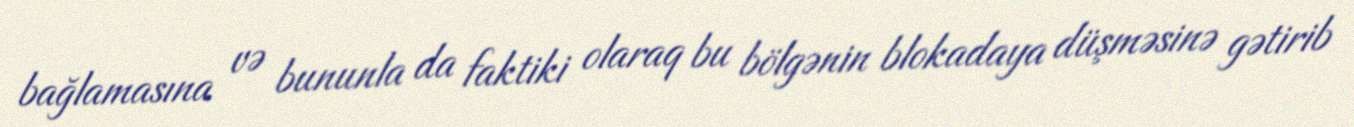
bağlamasına və bununla da faktiki olaraq bu bölgənin blokadaya düşməsinə gətirib